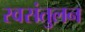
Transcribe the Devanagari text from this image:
स्वसंतुलन